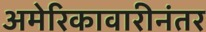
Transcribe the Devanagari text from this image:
अमेरिकावारीनंतर